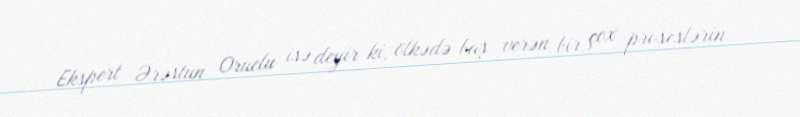
Ekspert Ərəstun Oruclu isə deyir ki, ölkədə baş verən bir çox proseslərin